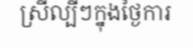
ស្រីល្បីៗក្នុងថ្ងៃការ